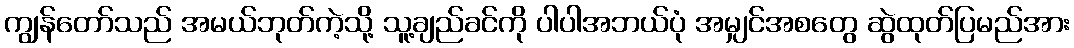
ကျွန်တော်သည် အမယ်ဘုတ်ကဲ့သို့ သူ့ချည်ခင်ကို ပါပါအဘယ်ပုံ အမျှင်အစတွေ ဆွဲထုတ်ပြမည်အား